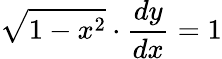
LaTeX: {\sqrt{1-x^{2}}}\cdot{\frac{dy}{dx}}=1